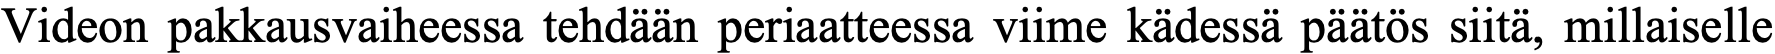
Videon pakkausvaiheessa tehdään periaatteessa viime kädessä päätös siitä, millaiselle